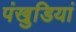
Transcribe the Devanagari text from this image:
पंखुडि़यां